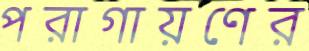
পরাগায়ণের